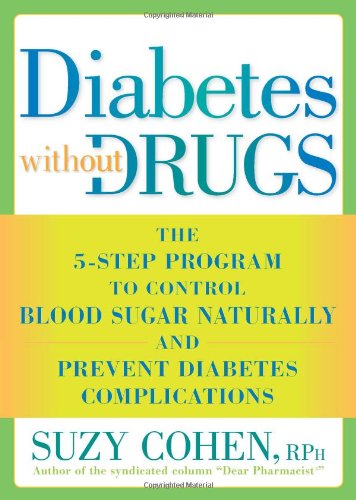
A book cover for Diabetes Without Drugs: The 5-Step Program to Control Blood Sugar Naturally and Prevent Diabetes Complications; Suzy Cohen; Health, Fitness & Dieting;